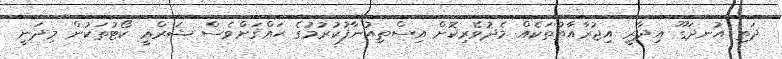
ދަތި އުނދަގޫ އިދާރީ އިޖުރާއާތުތަކެއް މެދުވެރިކޮށް އިސްތިއުނާފުކުރުމުގެ ޙައްޤަށްވެސް ޝަރްޢީ ކޯޓުތަކުން މިދަނީ